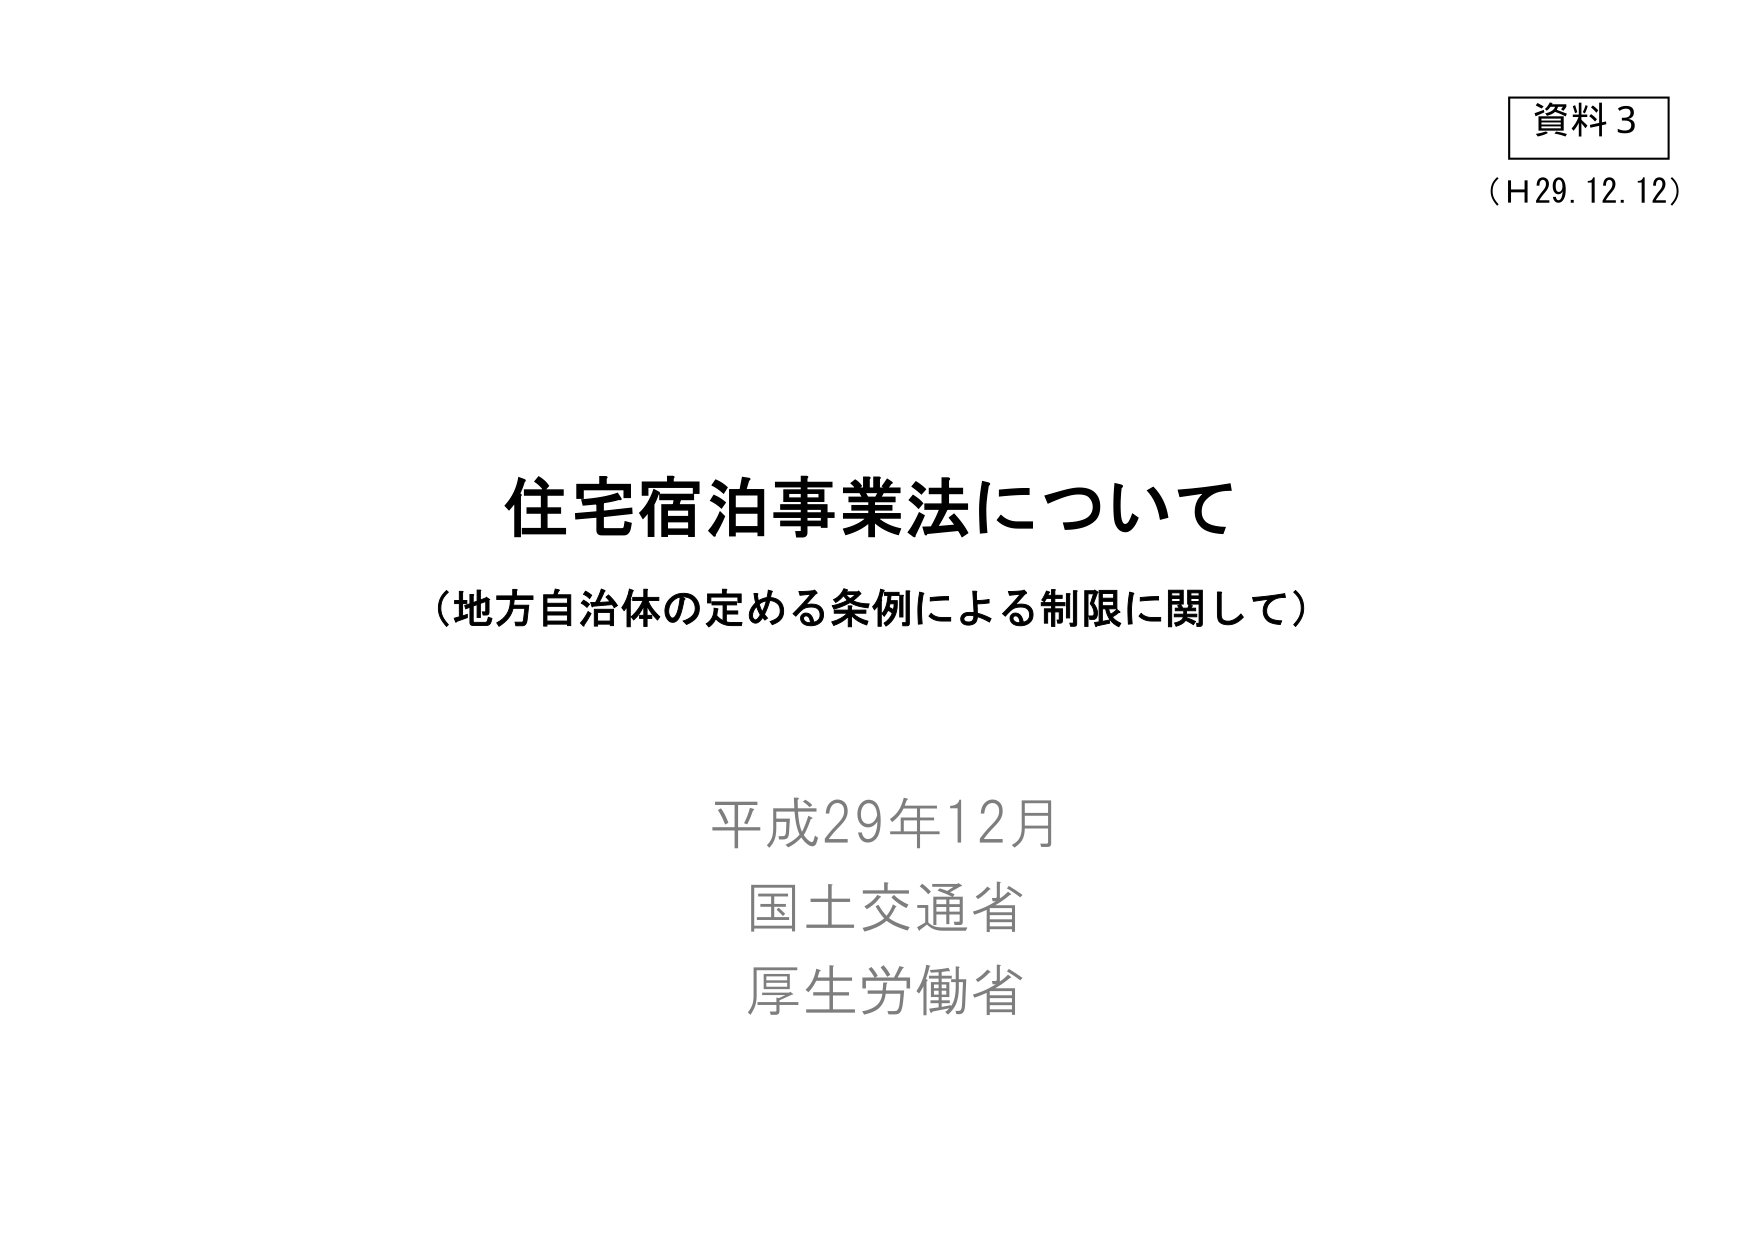
資料3
(H29.12.12)

住宅宿泊事業法について
（地方自治体の定める条例による制限に関して）

平成29年12月
国土交通省
厚生労働省